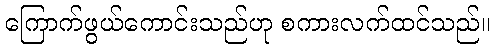
ကြောက်ဖွယ်ကောင်းသည်ဟု စကားလက်ထင်သည်။